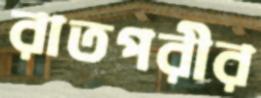
রাতপরীর